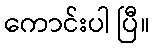
ကောင်းပါ ပြီ။